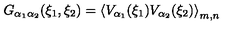
G _ { \alpha _ { 1 } \alpha _ { 2 } } ( \xi _ { 1 } , \xi _ { 2 } ) = \left\langle V _ { \alpha _ { 1 } } ( \xi _ { 1 } ) V _ { \alpha _ { 2 } } ( \xi _ { 2 } ) \right\rangle _ { m , n }